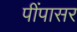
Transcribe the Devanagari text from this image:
पींपासर